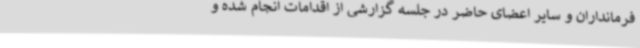
فرمانداران و سایر اعضای حاضر در جلسه گزارشی از اقدامات انجام شده و